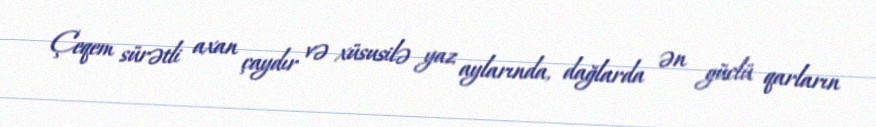
Çeqem sürətli axan çaydır və xüsusilə yaz aylarında, dağlarda ən güclü qarların